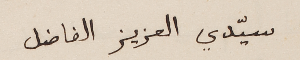
سيّدي العزيز الفاضل